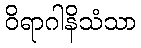
ဝိရာဂါနိသံသာ